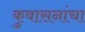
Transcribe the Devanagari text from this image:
कुवासनांचा